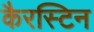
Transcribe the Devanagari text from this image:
कैरस्टिन